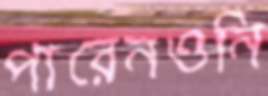
পারেনওনি